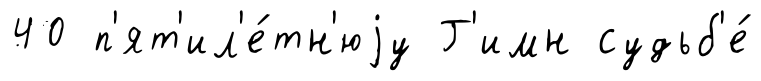
40 п'ят'ил'е́тн'юjу Г'имн судьб'е́